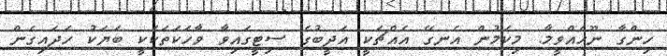
ހިންގާ ނޫހެއްވީމާ. މިކަމުން އެނގޭ އެއްޗަކީ އަދީބުގެ ސިޓީގައިވާ ވާހަކަތަކަކީ ބަޔަކު ހަދައިގެން